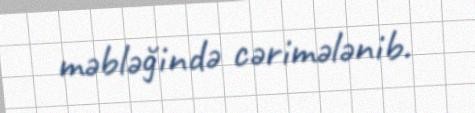
məbləğində cərimələnib.